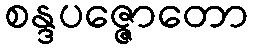
စန္ဒပဇ္ဇောတော